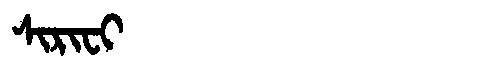
Manchu: ᠰᡳᡵᡳᠸᡳ
Romanization: SIRIFI